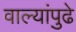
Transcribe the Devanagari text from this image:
वाल्यांपुढे